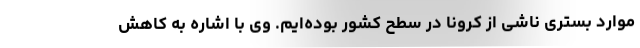
موارد بستری ناشی از کرونا در سطح کشور بوده‌ایم. وی با اشاره به کاهش